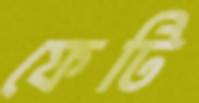
ফেটি